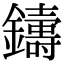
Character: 𨮾